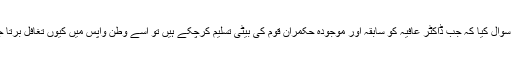
انہوں نے سوال کیا کہ جب ڈاکٹر عافیہ کو سابقہ اور موجودہ حکمران قوم کی بیٹی تسلیم کرچکے ہیں تو اسے وطن واپس میں کیوں تغافل برتا جارہا ہے؟